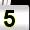
Digit: 5